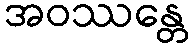
အဝဿန္တေ